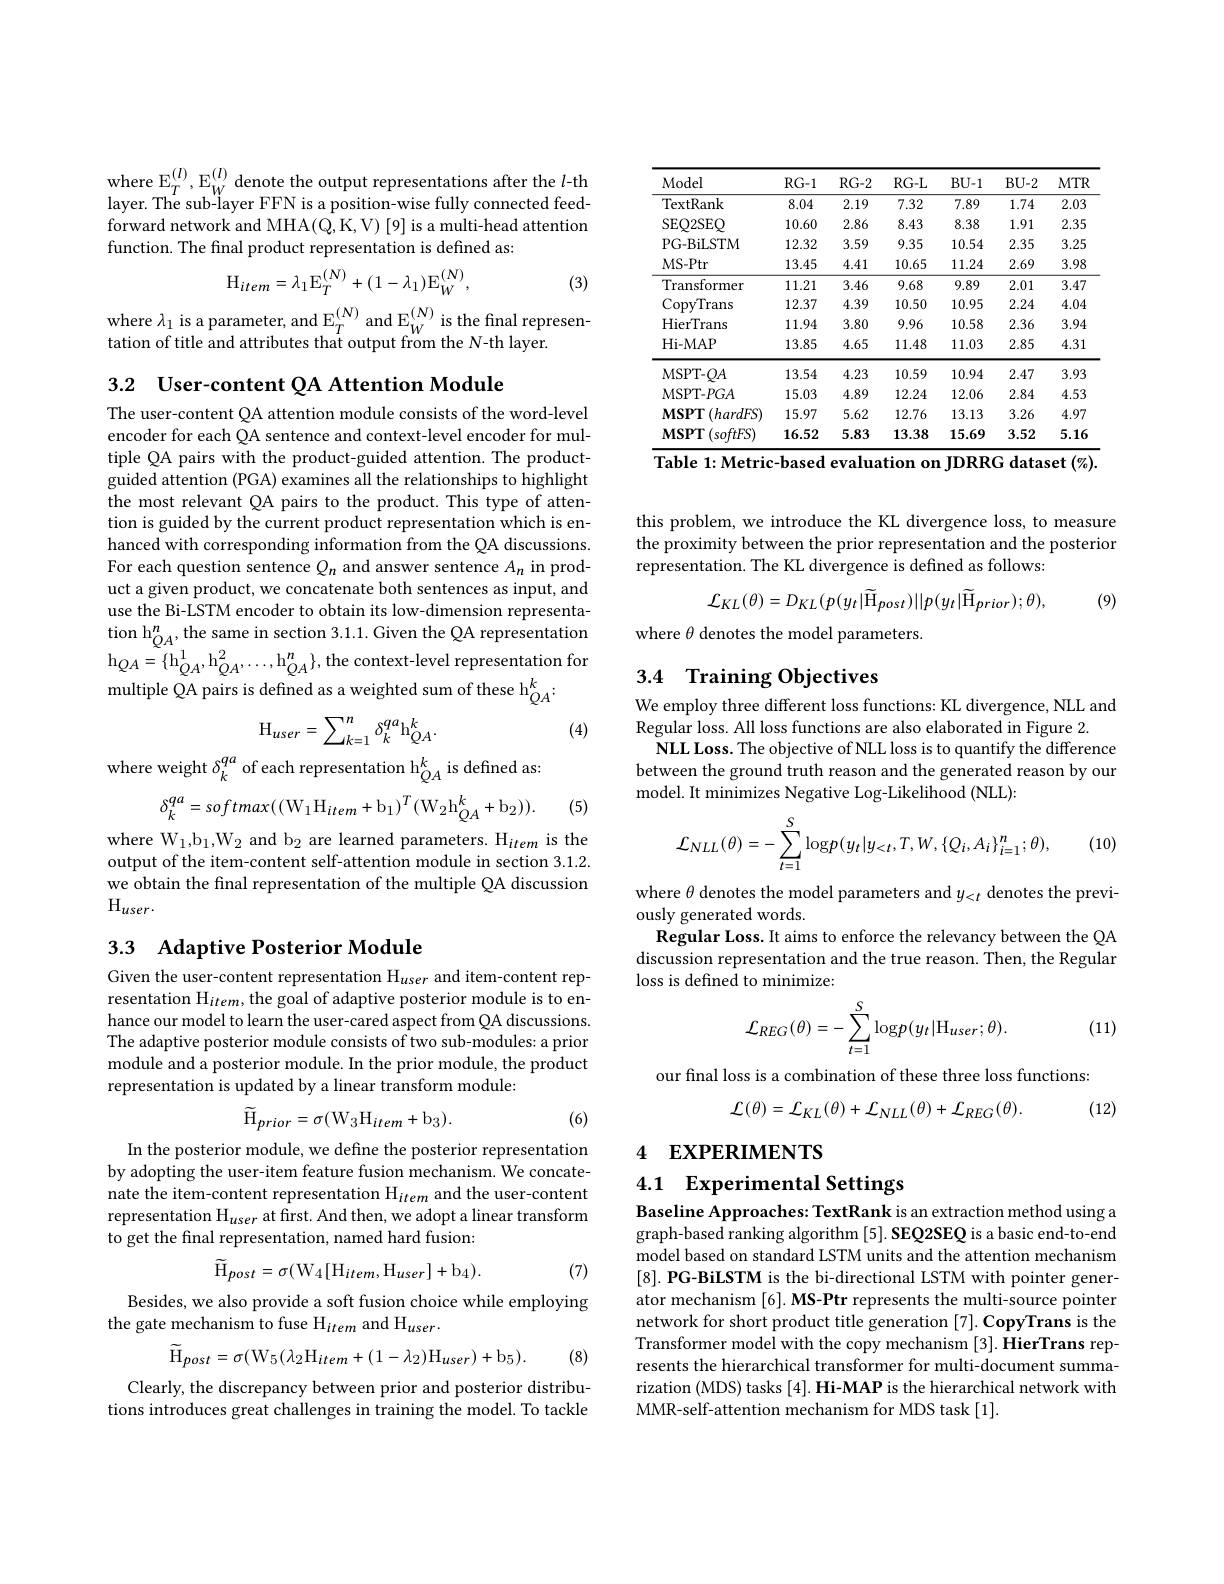
$\begin{array}{l}{\mathrm{where~E}_{T}^{(l)},\mathrm{E}_{W}^{(l)}\mathrm{~denote~the~output~representations~after~the~}l\mathrm{-th}}\\{\mathrm{layer.~The~sub-layer~FFN~is~a~position-wise~fully~connected~feed-}}\\\end{array}$ forward network and MHA(Q,K,V) [9] is a multi-head attention function. The final product representation is defined as:

(3)
$$\mathrm{H}_{item}=\lambda_{1}\mathrm{E}_{T}^{(N)}+(1-\lambda_{1})\mathrm{E}_{W}^{(N)},$$
where $\lambda_1$ is a parameter, and $\mathbb{E}_T^{(N)}$ and $\mathbb{E}_W^{(N)}$ is the final represen-

tation of title and attributes that output from the N-th layer.

3.2 User-content QA Attention Module

The user-content QA attention module consists of the word-level encoder for each QA sentence and context-level encoder for multiple QA pairs with the product-guided attention. The productguided attention (PGA) examines all the relationships to highlight the most relevant QA pairs to the product. This type of attention is guided by the current product representation which is enhanced with corresponding information from the QA discussions. For each question sentence $Q_n$ and answer sentence $A_n$ in product a given product, we concatenate both sentences as input, and use the Bi-LSTM encoder to obtain its low-dimension representation h$_{QA}^{n}$,the same in section 3.1.1. Given the QA representation $\mathrm{h}_{QA}=\{\mathrm{h}_{QA}^{1},\mathrm{h}_{QA}^{2},\ldots,\mathrm{h}_{QA}^{n}\}$,the context-level representation for ${\mathrm{multiple~\tilde{Q}A~pairs~is~defined~as~a~weighted~sum~of~these~h}}_{QA}^{k}.$
$$\mathrm{H}_{user}=\sum_{k=1}^{n}\delta_{k}^{qa}\mathrm{h}_{QA}^{k}.$$
(4)

where weight $\delta_k^{qa}$ of each representation h$_QA^k$ is defined as
$$\delta_{k}^{qa}=softmax((\mathrm{W}_{1}\mathrm{H}_{item}+\mathrm{b}_{1})^{T}(\mathrm{W}_{2}\mathrm{h}_{QA}^{k}+\mathrm{b}_{2})).$$
(5)

where W$_1,\mathrm{b}_1,\mathrm{W}_2$ and b$_2$ are learned parameters. H$_item$ is the output of the item-content self-attention module in section 3.1.2. we obtain the final representation of the multiple QA discussion $\mathrm{H}_{user}.$

## 3.3 Adaptive Posterior Module

Given the user-content representation Huser and item-content representation H$_item$, the goal of adaptive posterior module is to enhance our model to learn the user-cared aspect from QA discussions. The adaptive posterior module consists of two sub-modules: a prior module and a posterior module. In the prior module, the product representation is updated by a linear transform module:
$$\widetilde{\mathrm{H}}_{prior}=\sigma(\mathrm{W}_{3}\mathrm{H}_{item}+\mathrm{b}_{3}).$$
(6)

In the posterior module, we define the posterior representation by adopting the user-item feature fusion mechanism. We concatenate the item-content representation H$_item$ and the user-content representation $\mathrm{H}_user$ at first. And then, we adopt a linear transform to get the final representation, named hard fusion:
$$\widetilde{\mathrm{H}}_{post}=\sigma(\mathrm{W}_{4}[\mathrm{H}_{item},\mathrm{H}_{user}]+\mathrm{b}_{4}).$$
(7)

Besides, we also provide a soft fusion choice while employing
the gate mechanism to fuse H$_item$ and H$_user.$
$$\tilde{\mathrm{H}}_{post}=\sigma(\mathrm{W}_{5}(\lambda_{2}\mathrm{H}_{item}+(1-\lambda_{2})\mathrm{H}_{user})+\mathrm{b}_{5}).$$
(8)

Clearly, the discrepancy between prior and posterior distributions introduces great challenges in training the model. To tackle

<table>
	<tbody>
		<tr>
			<th>Model</th>
			<th>$RG-1$</th>
			<th>$RG-2$</th>
			<th>$RG-L$</th>
			<th>BU-1</th>
			<th>$BU-2$</th>
			<th>$MTR$</th>
		</tr>
		<tr>
			<td>$\operatorname{TextRank}$</td>
			<td>8.04</td>
			<td>2.19</td>
			<td>7.32</td>
			<td>7.89</td>
			<td>1.74</td>
			<td>2.03</td>
		</tr>
		<tr>
			<td>SEQ2SEQ</td>
			<td>10.60</td>
			<td>2.86</td>
			<td>8.43</td>
			<td>8.38</td>
			<td>1.91</td>
			<td>2.35</td>
		</tr>
		<tr>
			<td>PG- BiLSTM</td>
			<td>12.32</td>
			<td>3.59</td>
			<td>9.35</td>
			<td>10.54</td>
			<td>2.35</td>
			<td>3.25</td>
		</tr>
		<tr>
			<td>MS- Ptr</td>
			<td>13.45</td>
			<td>4.41</td>
			<td>10.65</td>
			<td>11.24</td>
			<td>2.69</td>
			<td>3.98</td>
		</tr>
		<tr>
			<td>Transformer</td>
			<td>11.21</td>
			<td>3.46</td>
			<td>9.68</td>
			<td>9.89</td>
			<td>2.01</td>
			<td>3.47</td>
		</tr>
		<tr>
			<td>CopyTrans</td>
			<td>12.37</td>
			<td>4.39</td>
			<td>10.50</td>
			<td>10.95</td>
			<td>2.24</td>
			<td>4.04</td>
		</tr>
		<tr>
			<td>HierTrans</td>
			<td>11.94</td>
			<td>3.80</td>
			<td>9.96</td>
			<td>10.58</td>
			<td>2.36</td>
			<td>3.94</td>
		</tr>
		<tr>
			<td>Hi- MAP</td>
			<td>13.85</td>
			<td>4.65</td>
			<td>11.48</td>
			<td>11.03</td>
			<td>2.85</td>
			<td>4.31</td>
		</tr>
		<tr>
			<td>MSPT- QA</td>
			<td>13.54</td>
			<td>4.23</td>
			<td>10.59</td>
			<td>10.94</td>
			<td>2.47</td>
			<td>3.93</td>
		</tr>
		<tr>
			<td>MSPT- $PGA$</td>
			<td>15.03</td>
			<td>4.89</td>
			<td>12.24</td>
			<td>12.06</td>
			<td>2.84</td>
			<td>4.53</td>
		</tr>
		<tr>
			<td>$MSPT$ $\because(hardFS)$ </td>
			<td>15.97</td>
			<td>5.62</td>
			<td>12.76</td>
			<td>13.13</td>
			<td>3.26</td>
			<td>4.97</td>
		</tr>
		<tr>
			<td>$\mathbf{MSPT}$ $(softFS)$</td>
			<td>16.52</td>
			<td>5.83</td>
			<td>13.38</td>
			<td>15.69</td>
			<td>3.52</td>
			<td>5.16</td>
		</tr>
	</tbody>
</table>
$\overline{\text{Table 1:Metric-based evaluation on JDRRG dataset }(\%).}$

this problem, we introduce the KL divergence loss, to measure the proximity between the prior representation and the posterior representation. The KL divergence is defined as follows:
$$\mathcal{L}_{KL}(\theta)=D_{KL}(p(y_{t}|\widetilde{\mathrm{H}}_{post})||p(y_{t}|\widetilde{\mathrm{H}}_{prior});\theta),$$
(9)

where $\theta$ denotes the model parameters.

# 3.4 Training Objectives

We employ three different loss functions: KL divergence, NLL and
Regular loss. All loss functions are also elaborated in Figure 2.
NLL Loss. The objective of NLL loss is to quantify the difference between the ground truth reason and the generated reason by our model. It minimizes Negative Log-Likelihood (NLL):
$$\mathcal{L}_{NLL}(\theta)=-\sum_{t=1}^{S}\mathrm{log}p(y_{t}|y_{<t},T,W,\{Q_{i},A_{i}\}_{i=1}^{n};\theta),$$
(10)

where $\theta$ denotes the model parameters and $y_<t$ denotes the previ-
ously generated words.
Regular Loss. It aims to enforce the relevancy between the QA discussion representation and the true reason. Then, the Regular loss is defined to minimize:
$$\mathcal{L}_{REG}(\theta)=-\sum_{t=1}^{S}\mathrm{log}p(y_{t}|\mathrm{H}_{user};\theta).$$
(11)

our final loss is a combination of these three loss functions:
$$\mathcal{L}(\theta)=\mathcal{L}_{KL}(\theta)+\mathcal{L}_{NLL}(\theta)+\mathcal{L}_{REG}(\theta).$$
(12)

# 4 EXPERIMENTS

4.1 Experimental Settings

Baseline Approaches: TextRank is an extraction method using a graph-based ranking algorithm [5]. SEQ2SEQ is a basic end-to-end model based on standard LSTM units and the attention mechanism [8]. PG-BiLSTM is the bi-directional LSTM with pointer generator mechanism [6]. MS-Ptr represents the multi-source pointer network for short product title generation [7]. CopyTrans is the Transformer model with the copy mechanism [3]. HierTrans represents the hierarchical transformer for multi-document summarization (MDS) tasks [4]. Hi-MAP is the hierarchical network with MMR-self-attention mechanism for MDS task [1].